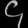
Digit: ၄